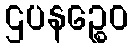
ဌပနဉ္စေဝ